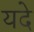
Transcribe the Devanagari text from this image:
यदे